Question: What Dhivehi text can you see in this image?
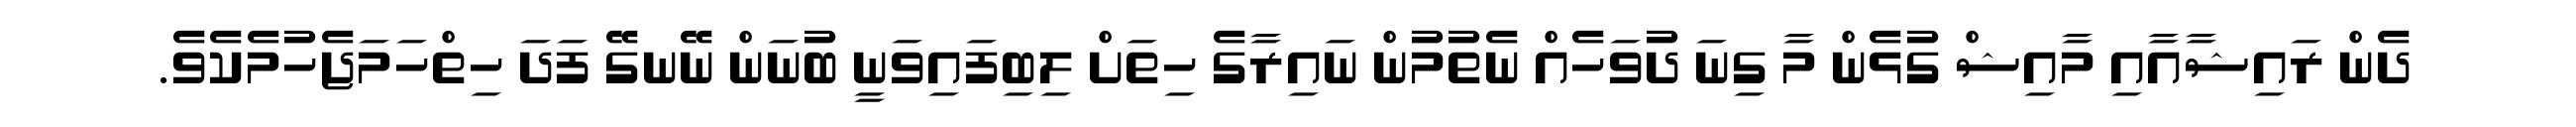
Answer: ދެން ރައިޝާއާއި މާއިޝް ގުޅެން މާ ގިނަ ދުވަހެއް ނެތުމުން ނައިރާގެ ހިތަށް ލިބިފައިވަނީ ބުނަން ނޭނގޭ ފަދަ ހިތްހަމަޖެހުމެކެވެ.